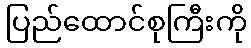
ပြည်ထောင်စုကြီးကို